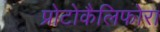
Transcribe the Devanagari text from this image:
प्रोटोकैलिफोरा